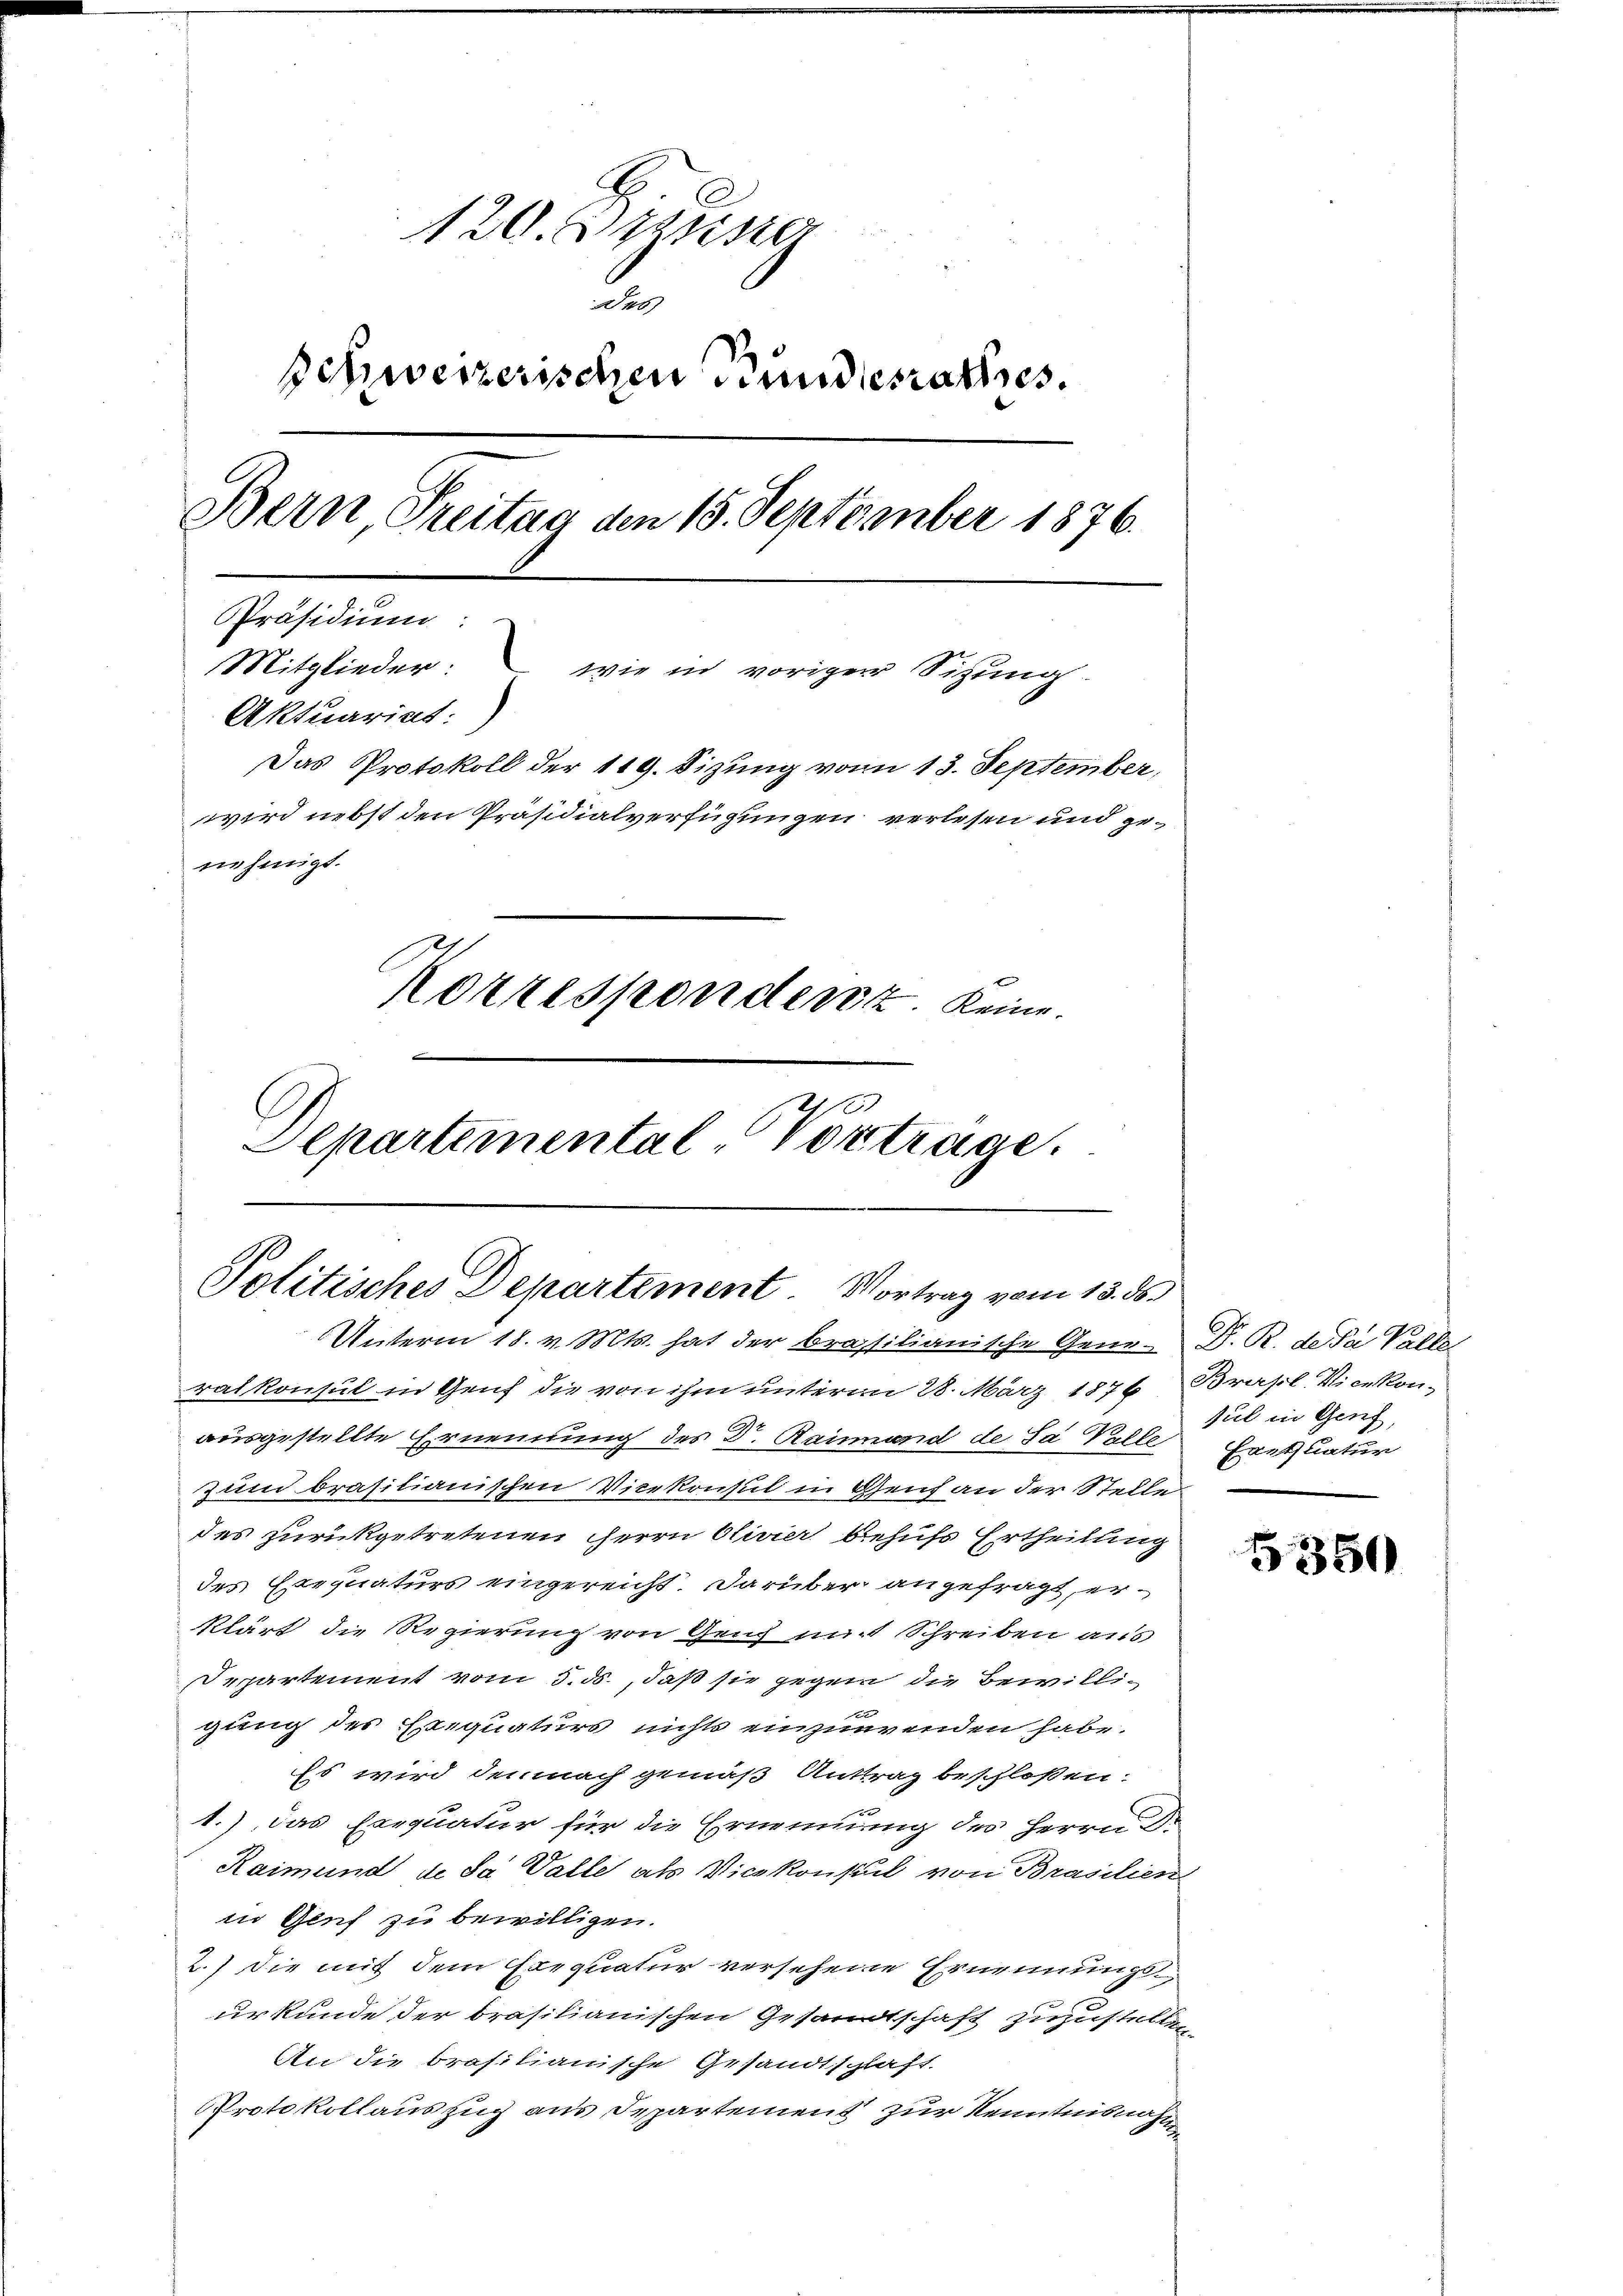
120. Frister
Des
Schweizerischen Bundesrathes.
Bern Freitag den 15. September 1876.
Präsidium:
Mitglieder: wie in voriger Sitzung.
Aktuariat:
Das Protokoll der 119. Sizung vom 13. September,
wwird nebst den Präsidialverfügungen verlesen und genehmigt.
Korrespondenz keine

2
Departemental Vortrage.
Politisches Departement. Vortrag vom 13. ds.

ralkonsul in Genf die von ihm unterm 28. März 1876 Brasil Vicekonausgestellte Ernennung des Dr. Rainand de Sa Valle
zum brasilianischen Vicekonsul in Genf an der Stelle
des zurückgetretenen Herrn Olivier behufs Ertheilung
des Exequaturs eingereicht. Darüber angefragt, erklärt die Regierung von Genf mit Schreiben aus
Departement vom 5. ds., daß sie gegen die Bewilligung des Exequaturs nichts einzuwenden habe.
Es wird demnach gemäß Anttrag beschloßen:
1.) Das Exequatur für die Ernennung des Herrn Dr
Raimund de sa Valle als Vicekonsul von Brasilien
in Glich zu bewilligen.
2.) Die mit dem Exequatur versehene Ernennungsurkunde der brasilianischen Gesandtschaft zuzustellen
An die brasilianische Gesandtschlaft.
Protokollauszug aus Departement zur Kenntnisnahm

Unterm 18. v. Mts. hat der brasilianische Gene- D. R. de da Valle

sul in Genf,
Hantuatur

350